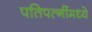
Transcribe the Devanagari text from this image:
पतिपत्‍नींमध्ये